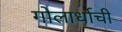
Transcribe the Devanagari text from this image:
गोलार्धाची